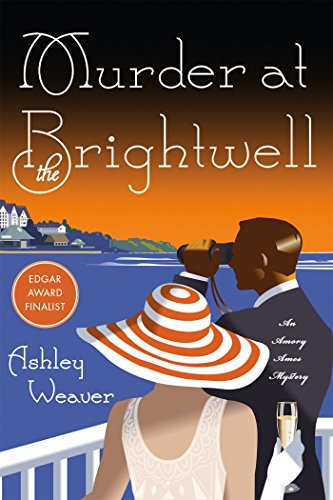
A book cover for Murder at the Brightwell: A Mystery (An Amory Ames Mystery); Ashley Weaver; Mystery, Thriller & Suspense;